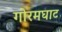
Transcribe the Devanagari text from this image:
गोरमघाट